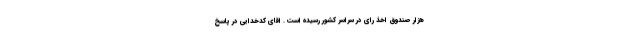
هزار صندوق اخذ رای در سراسر کشور رسیده است . اقای کدخدایی در پاسخ